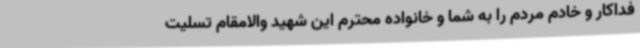
فداکار و خادم مردم را به شما و خانواده محترم این شهید والامقام تسلیت